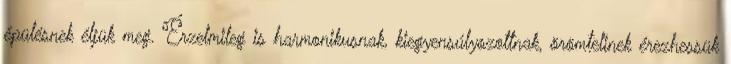
épülésnek éljük meg. Érzelmileg is harmonikusnak, kiegyensúlyozottnak, örömtelinek érezhessük